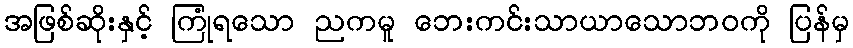
အဖြစ်ဆိုးနှင့် ကြုံရသော ညကမူ ဘေးကင်းသာယာသောဘဝကို ပြန်မှ